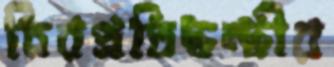
চিরপ্রতিদ্বন্দ্বীর